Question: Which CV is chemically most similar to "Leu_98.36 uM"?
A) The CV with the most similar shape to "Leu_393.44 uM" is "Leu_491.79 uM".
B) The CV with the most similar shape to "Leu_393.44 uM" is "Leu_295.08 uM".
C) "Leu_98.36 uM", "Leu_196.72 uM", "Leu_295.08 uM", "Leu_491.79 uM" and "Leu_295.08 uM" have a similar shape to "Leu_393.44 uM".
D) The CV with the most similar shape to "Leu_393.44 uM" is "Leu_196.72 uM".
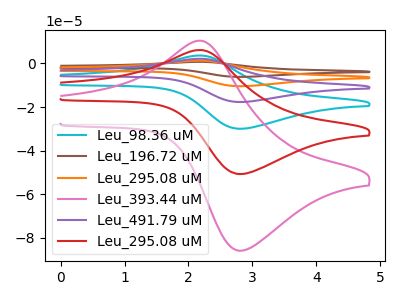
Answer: <think>The cyan curve "Leu_98.36 uM" has an anodic peak at (2.15V, 12.25uA) and a cathodic peak at (2.85V, -101.35uA). The brown curve "Leu_196.72 uM" has an anodic peak at (2.15V, 30.65uA) and a cathodic peak at (2.85V, -253.40uA). The orange curve "Leu_295.08 uM" has an anodic peak at (2.15V, 24.50uA) and a cathodic peak at (2.85V, -202.70uA). The pink curve "Leu_393.44 uM" has an anodic peak at (2.15V, 10.40uA) and a cathodic peak at (2.85V, -85.80uA). The purple curve "Leu_491.79 uM" has an anodic peak at (2.15V, 18.40uA) and a cathodic peak at (2.85V, -152.05uA). The red curve "Leu_295.08 uM" has an anodic peak at (2.15V, 6.15uA) and a cathodic peak at (2.85V, -50.70uA).
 All the peaks in "Leu_98.36 uM" have a peak in "Leu_196.72 uM" at the same potential. Every peak in "Leu_98.36 uM" is lower than every peak in "Leu_196.72 uM". All the peaks in "Leu_98.36 uM" have a peak in "Leu_295.08 uM" at the same potential. Every peak in "Leu_98.36 uM" is lower than every peak in "Leu_295.08 uM". All the peaks in "Leu_98.36 uM" have a peak in "Leu_393.44 uM" at the same potential. Every peak in "Leu_98.36 uM" is higher than every peak in "Leu_393.44 uM". All the peaks in "Leu_98.36 uM" have a peak in "Leu_491.79 uM" at the same potential. Every peak in "Leu_98.36 uM" is lower than every peak in "Leu_491.79 uM". All the peaks in "Leu_98.36 uM" have a peak in "Leu_295.08 uM" at the same potential. Every peak in "Leu_98.36 uM" is higher than every peak in "Leu_295.08 uM". All the peaks in "Leu_196.72 uM" have a peak in "Leu_295.08 uM" at the same potential. Every peak in "Leu_196.72 uM" is higher than every peak in "Leu_295.08 uM". All the peaks in "Leu_196.72 uM" have a peak in "Leu_393.44 uM" at the same potential. Every peak in "Leu_196.72 uM" is higher than every peak in "Leu_393.44 uM". All the peaks in "Leu_196.72 uM" have a peak in "Leu_491.79 uM" at the same potential. Every peak in "Leu_196.72 uM" is higher than every peak in "Leu_491.79 uM". All the peaks in "Leu_196.72 uM" have a peak in "Leu_295.08 uM" at the same potential. Every peak in "Leu_196.72 uM" is higher than every peak in "Leu_295.08 uM". All the peaks in "Leu_295.08 uM" have a peak in "Leu_393.44 uM" at the same potential. Every peak in "Leu_295.08 uM" is higher than every peak in "Leu_393.44 uM". All the peaks in "Leu_295.08 uM" have a peak in "Leu_491.79 uM" at the same potential. Every peak in "Leu_295.08 uM" is higher than every peak in "Leu_491.79 uM". All the peaks in "Leu_295.08 uM" have a peak in "Leu_295.08 uM" at the same potential. Every peak in "Leu_295.08 uM" is higher than every peak in "Leu_295.08 uM". All the peaks in "Leu_393.44 uM" have a peak in "Leu_491.79 uM" at the same potential. Every peak in "Leu_393.44 uM" is lower than every peak in "Leu_491.79 uM". All the peaks in "Leu_393.44 uM" have a peak in "Leu_295.08 uM" at the same potential. Every peak in "Leu_393.44 uM" is higher than every peak in "Leu_295.08 uM". All the peaks in "Leu_491.79 uM" have a peak in "Leu_295.08 uM" at the same potential. Every peak in "Leu_491.79 uM" is higher than every peak in "Leu_295.08 uM".</think>
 <answer>C) "Leu_98.36 uM", "Leu_196.72 uM", "Leu_295.08 uM", "Leu_491.79 uM" and "Leu_295.08 uM" have a similar shape to "Leu_393.44 uM".</answer>
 <eval>C</eval>